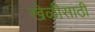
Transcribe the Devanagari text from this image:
खेळीसाठी